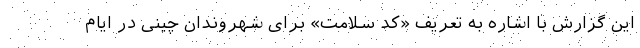
این گزارش با اشاره به تعریف «کد سلامت» برای شهروندان چینی در ایام